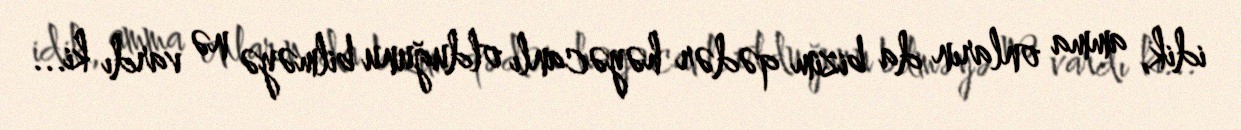
idik, amma onların da bizim qədər həyəcanlı olduğunu bilməyə nə vardı ki...